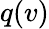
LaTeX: q(v)